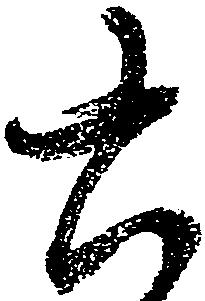
書